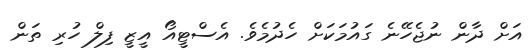
އަށް ދާން ނުޖެހޭނެ ގައުމަކަށް ހެދުމެވެ. އެސްޓީއޯ އީޒީ ފިލް ހުރި ތަން